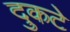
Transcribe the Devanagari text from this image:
दुकटे